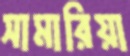
সামারিয়া